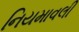
નિયમાવલી